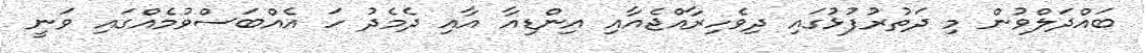
ބައްދަލްވުން މި ދަތުރުފުޅުގައި ދިވެހިރާއްޖެއާއި އިންޑިއާ އާއި ދެމެދު ހަ އެއްބަސްވުމެއްގައި ވަނީ